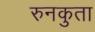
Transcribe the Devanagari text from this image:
रुनकुता